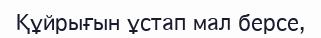
Құйрығын ұстап мал берсе,